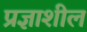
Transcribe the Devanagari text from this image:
प्रज्ञाशील